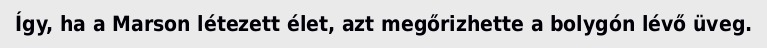
Így, ha a Marson létezett élet, azt megőrizhette a bolygón lévő üveg.